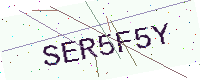
Text: SER5F5Y